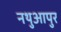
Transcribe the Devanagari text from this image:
नथुआपुर